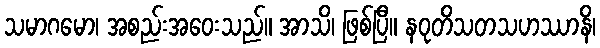
သမာဂမော၊ အစည်းအဝေးသည်။ အာသိ၊ ဖြစ်ပြီ။ နဝုတိသတသဟဿာနိ၊